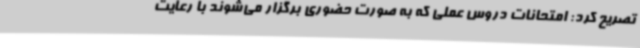
تصریح کرد: امتحانات دروس عملی که به صورت حضوری برگزار می‌شوند با رعایت